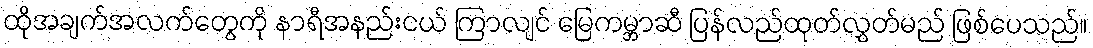
ထိုအချက်အလက်တွေကို နာရီအနည်းငယ် ကြာလျင် မြေကမ္ဘာဆီ ပြန်လည်ထုတ်လွှတ်မည် ဖြစ်ပေသည်။